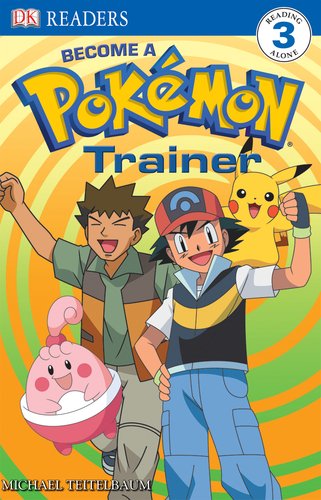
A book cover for Level 3 Reader: Become a Pokemon Trainer (pb) (DK Reader - Level 3 (Quality)); BradyGames; Computers & Technology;